Report on lock hospitals in British Burma
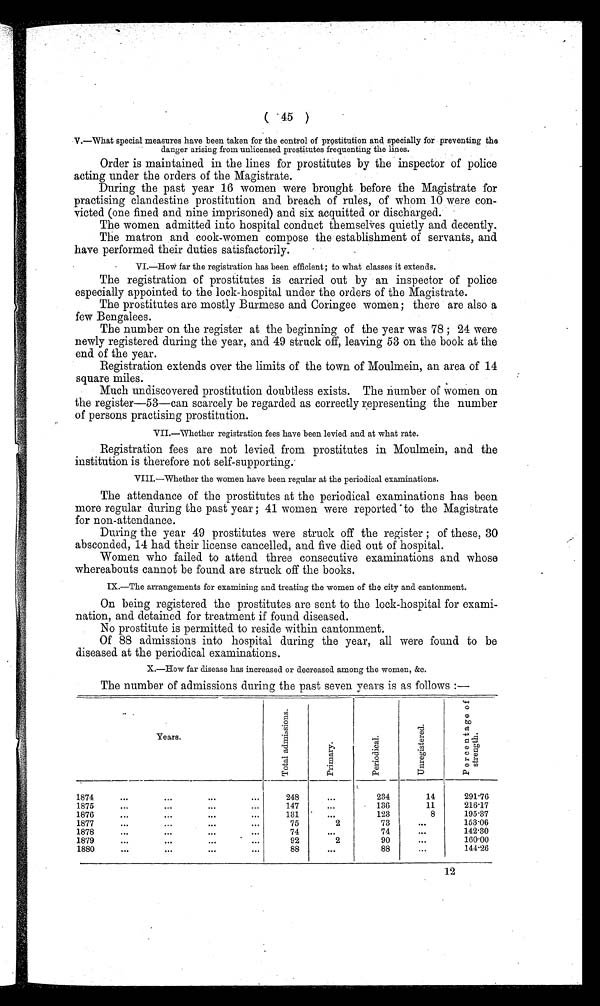
( 45 )
V.—What special measures have been taken for the control of prostitution and specially for preventing the
danger arising from unlicensed prostitutes frequenting the lines.
Order is maintained in the lines for prostitutes by the inspector of police
acting under the orders of the Magistrate.
During the past year 16 women were brought before the Magistrate for
practising clandestine prostitution and breach of rules, of whom 10 were con
victed (one fined and nine imprisoned) and six acquitted or discharged.
The women admitted into hospital conduct themselves quietly and decently.
The matron and cook-women compose the establishment of servants, and
have performed their duties satisfactorily.
VI.—How far the registration has been efficient ; to what classes it extends.
The registration of prostitutes is carried out by an inspector of police
especially appointed to the lock-hospital under the orders of the Magistrate.
The prostitutes are mostly Burmese and Coringee women; there are also a
few Bengalees.
The number on the register at the beginning of the year was 78 ; 24 were
newly registered during the year, and 49 struck off, leaving 53 on the book at the
end of the year.
Registration extends over the limits of the town of Moulmein, an area of 14
square miles.
Much undiscovered prostitution doubtless exists. The number of women on
the register 53—can scarcely be regarded as correctly representing the number
of persons practising prostitution.
VII.—Whether registration fees have been levied and at what rate.
Registration fees are not levied from prostitutes in Moulmein, and the
institution is therefore not self-supporting.
VIII.—Whether the women have been regular at the periodical examinations.
The attendance of the prostitutes at the periodical examinations has been
more regular during the past year ; 41 women were reported to the Magistrate
for non-attendance.
During the year 49 prostitutes were struck off the register ; of these, 30
absconded, 14 had their license cancelled, and. five died out of hospital.
Women who failed to attend three consecutive examinations and whose
whereabouts cannot be found are struck off the books.
IX.—The arrangements for examining and treating the women of the city and cantonment.
On being registered the prostitutes are sent to the lock-hospital for exami-
nation, and detained for treatment if found diseased.
No prostitute is permitted to reside within cantonment.
Of 88 admissions into hospital during the year, all were found to be
diseased at the periodical examinations.
X.—How far disease has increased or decreased among the women, &c.
The number of admissions during the past seven years is as follows :—
Years.
T o t a l a d m i s s i o n s
.
P r i m a r y .
P e r i o d i c a l .
U n r e g i s t e r e d
.
p e r c e n t a g e o f s t r e n g t h .
1874
...
...
...
248
...
234
14
291.76
1875
...
. . .
...
...
147
...
136
11
216.17
1876
...
...
...
...
131
. . .
123
8
195.37
1877
. . .
...
...
...
75
2
73
...
153.06
1878
...
...
...
74
. . .
74
...
142.30
1879
...
...
...
...
92
2
90
. . . . . .
160.00
1880
...
...
...
88
. . .
88
...
144.26
12